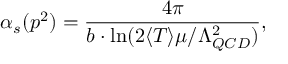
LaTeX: \alpha _ { s } ( p ^ { 2 } ) = \frac { 4 \pi } { b \cdot \ln ( 2 \langle T \rangle \mu / \Lambda _ { Q C D } ^ { 2 } ) } ,